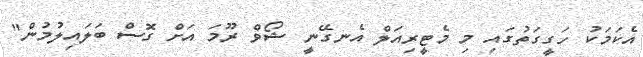
އެކަމަކު ހަގީގަތުގައި މި މެޓީރިއަލް އެނގޭނީ ޝޯވް ރޫމަ އަށް ގޮސް ބަލައިލުމުން"